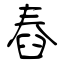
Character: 舂